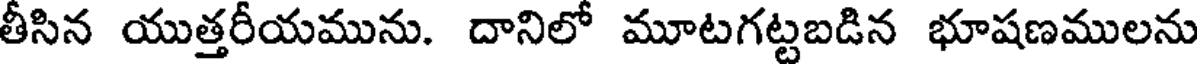
తీసిన యుత్తరీయమును. దానిలో మూటగట్టబడిన భూషణములను